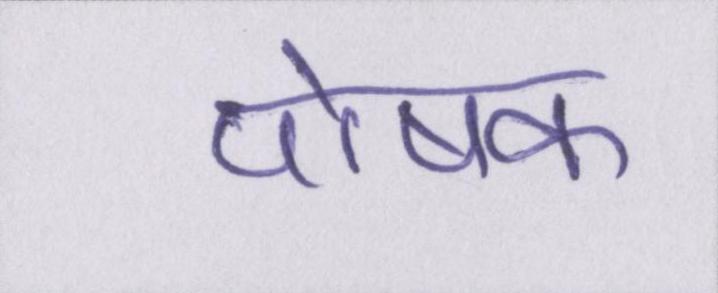
पोषक